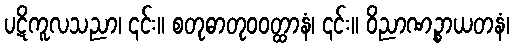
ပဋိကူလသညာ၊ ၎င်း။ စတုဓာတုဝဝတ္ထာနံ၊ ၎င်း။ ဝိညာဏဉ္စာယတနံ၊